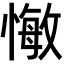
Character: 𢠨